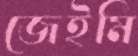
জেইমি